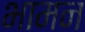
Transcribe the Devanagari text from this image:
भामन